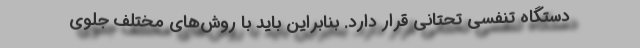
دستگاه تنفسی تحتانی قرار دارد. بنابراین باید با روش‌های مختلف جلوی